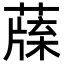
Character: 𦺯